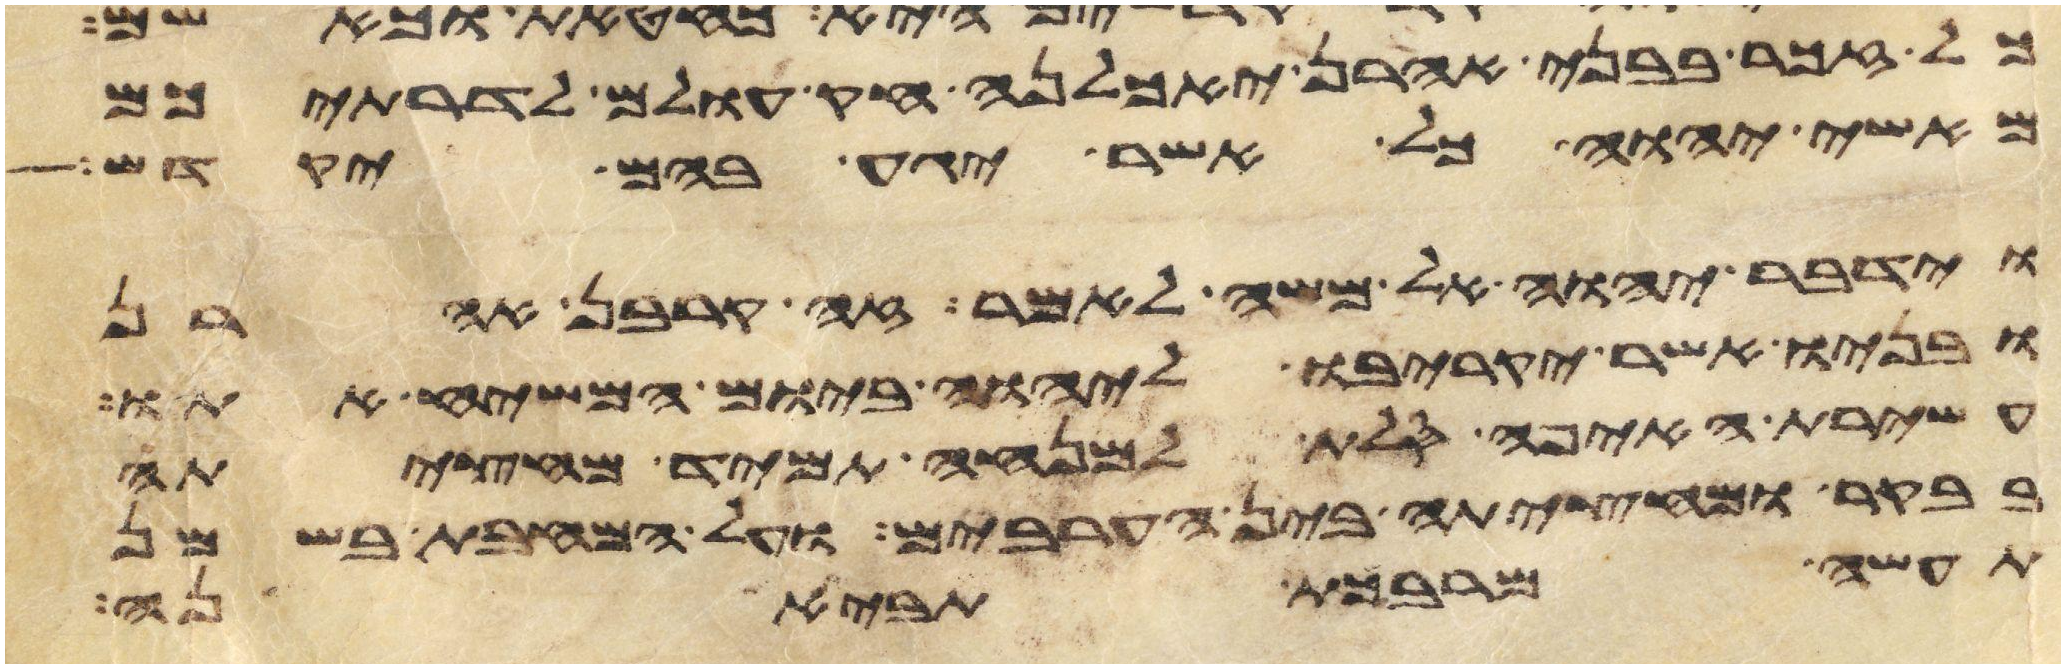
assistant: כל זכר בבני אהרן יאכלנה חק עולם לדרתיכם
מאשי יהוה כל אשר יגע בהם יקדש
וידבר יהוה אל משה לאמר זה קרבן אהרן
ובניו אשר יקריבו ליהוה ביום המשיח אתו
עשירת האיפה סלת למנחה תמיד מחציתה
בבקר ומחציתה בין הערבים על המחבת בשמן
תעשה מרבכת תביאנה